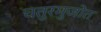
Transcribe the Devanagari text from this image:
चतुरभुजोत